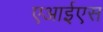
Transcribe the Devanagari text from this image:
एआईएस